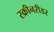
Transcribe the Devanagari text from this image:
स्क्रीनरीडर